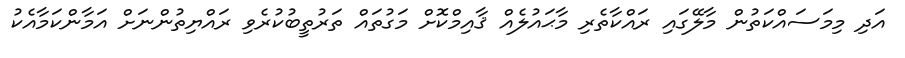
އަދި މިމަސައްކަތުން މާލޭގައި ރައްކާތެރި މާޙައުލެއް ޤާއިމްކޮށް މަގުތައް ތަރުތީބުކުރެވި ރައްޔިތުންނަށް އަމާންކަމާއެކު